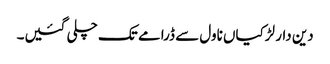
دین دار لڑکیاں ناول سے ڈرامے تک چلی گئیں۔